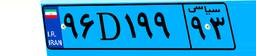
۱۳D۹۳۳۹۰